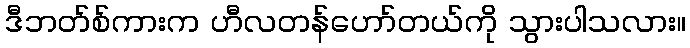
ဒီဘတ်စ်ကားက ဟီလတန်ဟော်တယ်ကို သွားပါသလား။